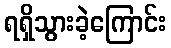
ရရှိသွားခဲ့ကြောင်း